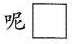
呢\square